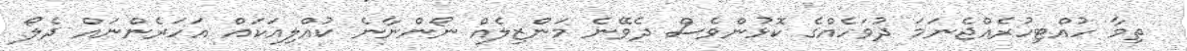
ތިމާ ހުއްޓިހުރެއްޖެނަމަ ދުވަހެއްގެ ކޮޅުންވެސް ދެވޭނެ މަންޒިލެއް ނޯންނާނެ ކުއްލިއަކައް އަހަރެންނައް ދެލޯ